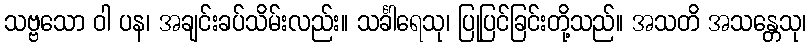
သဗ္ဗသော ဝါ ပန၊ အချင်းခပ်သိမ်းလည်း။ သင်္ခါရေသု၊ ပြုပြင်ခြင်းတို့သည်။ အသတိ အသန္တေသု၊